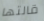
قالتها